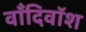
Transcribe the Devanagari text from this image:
वाँदिवॉश